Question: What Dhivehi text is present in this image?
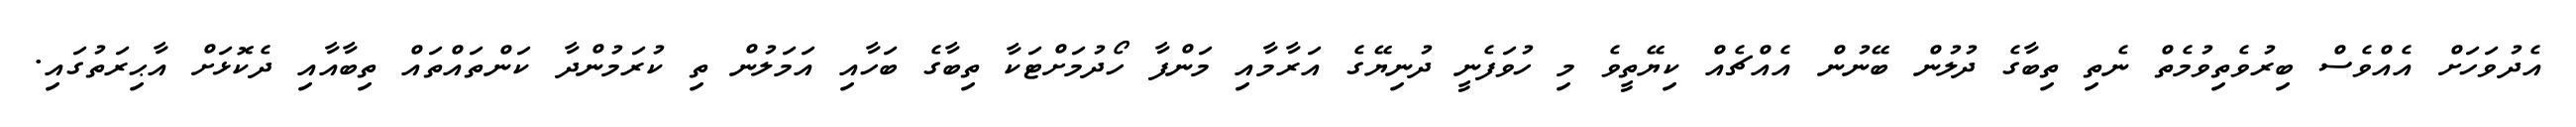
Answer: އެދުވަހަށް އެއްވެސް ބިރުވެތިވުމެތް ނެތި ތިބާގެ ދުލުން ބޭނުން އެއްޗެއް ކިޔޭތީވެ މި ހުވަފެނީ ދުނިޔޭގެ އަރާމާއި މަންފާ ހޯދުމަށްޓަކާ ތިބާގެ ބަހާއި އަމަލުން ތި ކުރަމުންދާ ކަންތައްތައް ތިބާއާއި ދެކޮޅަށް އާޙިރަތުގައި.